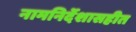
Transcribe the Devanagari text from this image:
नामनिर्देशासहीत